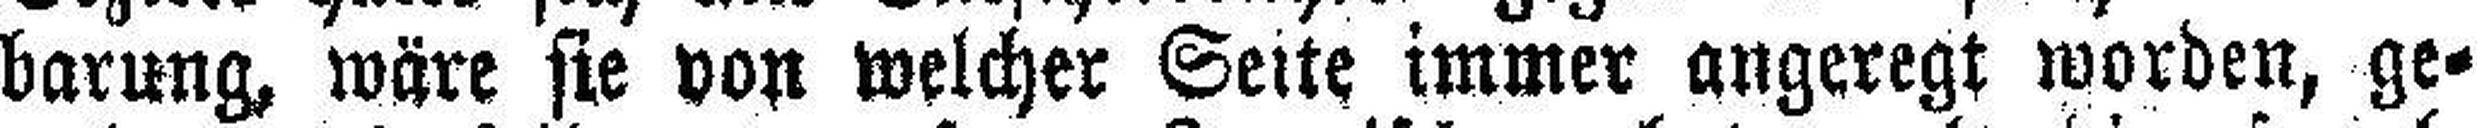
barung, wäre sie von welcher Seite immer angeregt worden, ge¬